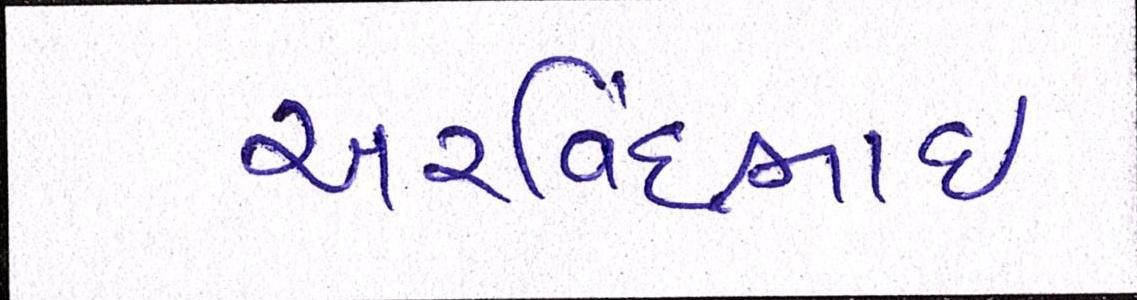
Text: અરવિંદભાઇ